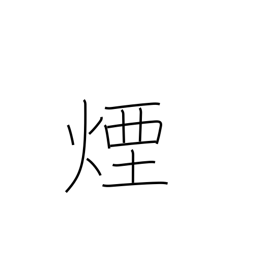
Meaning: smoke